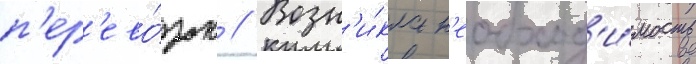
п'ер'ево́зок // Возн'и́кла н'еобход'и́мость